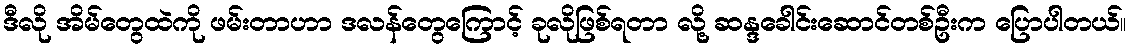
ဒီလို အိမ်တွေထဲကို ဖမ်းတာဟာ ဒလန်တွေကြောင့် ခုလိုဖြစ်ရတာ လို့ ဆန္ဒခေါင်းဆောင်တစ်ဦးက ပြောပါတယ်။